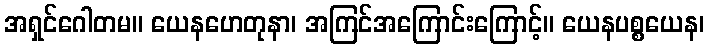
အရှင်ဂေါတမ။ ယေနဟေတုနာ၊ အကြင်အကြောင်းကြောင့်။ ယေနပစ္စယေန၊